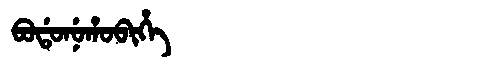
Manchu: ᠪᠣᡩᠣᠨᡠᡥᠣᠪᡳᡥᡝ
Romanization: BODONUHOBIHE